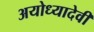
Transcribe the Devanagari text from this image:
अयोध्यादेवी